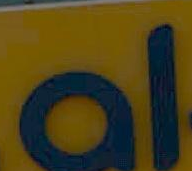
al